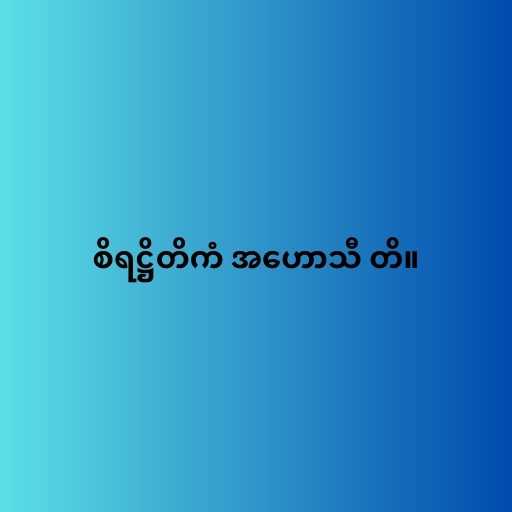
စိရဋ္ဌိတိကံ အဟောသီ တိ။